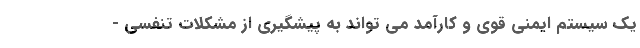
یک سیستم ایمنی قوی و کارآمد می تواند به پیشگیری از مشکلات تنفسی -